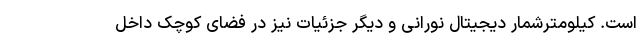
است. کیلومترشمار دیجیتال نورانی و دیگر جزئیات نیز در فضای کوچک داخل